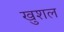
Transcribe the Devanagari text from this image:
खुशल